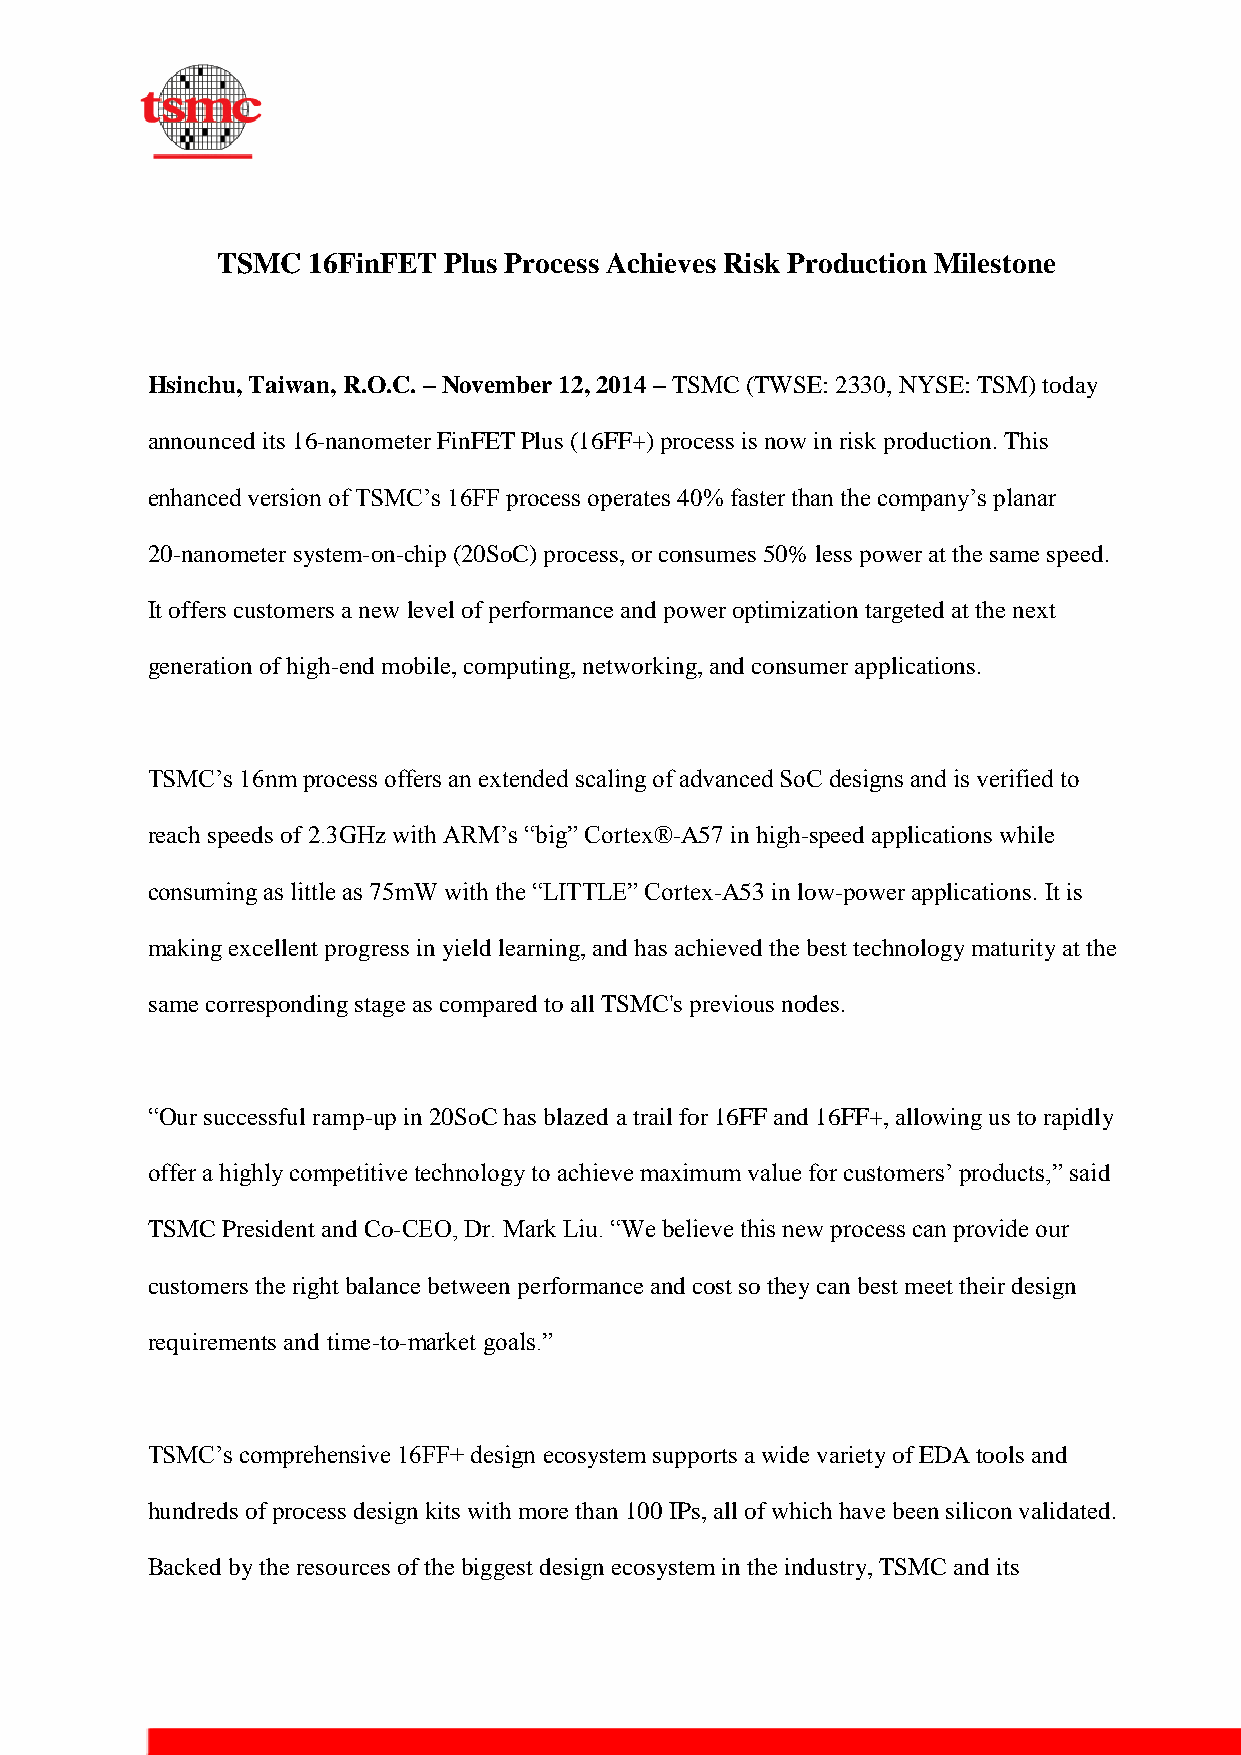
TSMC  16FinFET Plus Process Achieves Risk Production Milestone
 Hsinchu, Taiwan, R.O.C. – November 12, 2014 – TSMC (TWSE: 2330, NYSE: TSM) today
 announced its 16-nanometer FinFET Plus (16FF+) process is now in risk production. This
 enhanced version of TSMC’s 16FF process operates 40% faster than the company’s planar
 20-nanometer system-on-chip (20SoC) process, or consumes 50% less power at the same speed.
 It offers customers a new level of performance and power optimization targeted at the next
 generation of high-end mobile, computing, networking, and consumer applications.
 TSMC’s 16nm process offers an extended scaling of advanced SoC designs and is verified to
 reach speeds of 2.3GHz with ARM’s “big” Cortex®-A57 in high-speed applications while
 consuming as little as 75mW with the “LITTLE” Cortex-A53 in low-power applications. It is
 making excellent progress in yield learning, and has achieved the best technology maturity at the
 same corresponding stage as compared to all TSMC's previous nodes.
 “Our successful ramp-up in 20SoC has blazed a trail for 16FF and 16FF+, allowing us to rapidly
 offer a highly competitive technology to achieve maximum value for customers’ products,” said
 TSMC President and Co-CEO, Dr. Mark Liu. “We believe this new process can provide our
 customers the right balance between performance and cost so they can best meet their design
 requirements and time-to-market goals.”
 TSMC’s comprehensive 16FF+ design ecosystem supports a wide variety of EDA tools and
 hundreds of process design kits with more than 100 IPs, all of which have been silicon validated.
 Backed by the resources of the biggest design ecosystem in the industry, TSMC and its